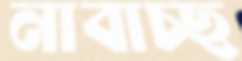
নাবাচ্ছ